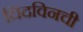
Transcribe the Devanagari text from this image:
चिंदविनची